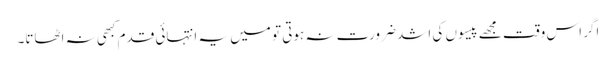
اگر اس وقت مجھے پیسوں کی اشد ضرورت نہ ہوتی تو میں یہ انتہائی قدم کبھی نہ اٹھاتا۔